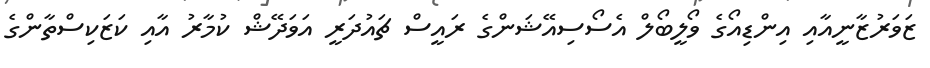
ޒަވަރުޒާނީއާއި އިންޑިއޯގެ ވޯލީބޯލް އެސޯސިއޭޝަންގެ ރައީސް ޗައުދަރީ އަވަދޭޝް ކުމާރު އާއި ކަޒަކިސްތާންގެ